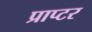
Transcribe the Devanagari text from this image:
प्राप्टर